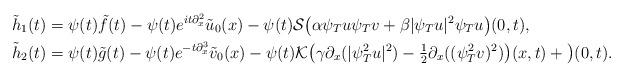
LaTeX: \begin{align*}&\tilde{h}_1(t)=\psi(t)\tilde{f}(t)-\psi(t)e^{it\partial_x^2}\tilde{u}_0(x)-\psi(t)\mathcal{S}\big(\alpha \psi_T u\psi_Tv+\beta|\psi_Tu|^2\psi_Tu\big)(0,t),\\&\tilde{h}_2(t)=\psi(t)\tilde{g}(t)-\psi(t)e^{-t\partial_x^3}\tilde{v}_0(x)-\psi(t)\mathcal{K}\big(\gamma\partial_x(|\psi_T^2u|^2)-\tfrac{1}{2}\partial_x((\psi_T^2v)^2)\big)(x,t)+\big)(0,t).\end{align*}